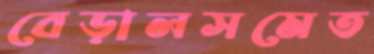
বেড়ালসমেত